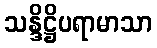
သန္ဒိဋ္ဌိပရာမာသာ